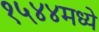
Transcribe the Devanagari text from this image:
१५४४मध्ये